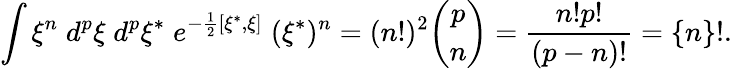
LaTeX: \int\xi^{n}\; d^{p}\xi\; d^{p}\xi^{*}\; e^{-\frac 12[\xi^{*},\xi]}\; (\xi^{*})^{n}=(n!)^{2}{\binom{p}{n}}=\frac{n!p!}{(p-n)!}=\{ n\} !.